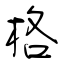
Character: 格